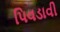
પિવડાવી